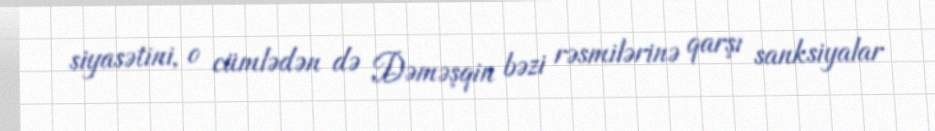
siyasətini, o cümlədən də Dəməşqin bəzi rəsmilərinə qarşı sanksiyalar